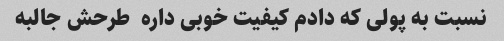
نسبت به پولی که دادم کیفیت خوبی داره  طرحش جالبه